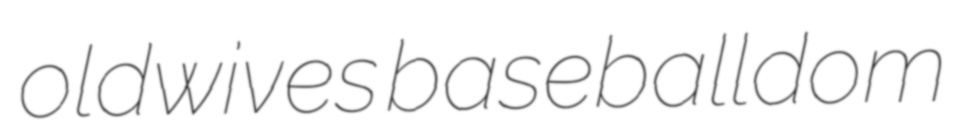
oldwives baseballdom